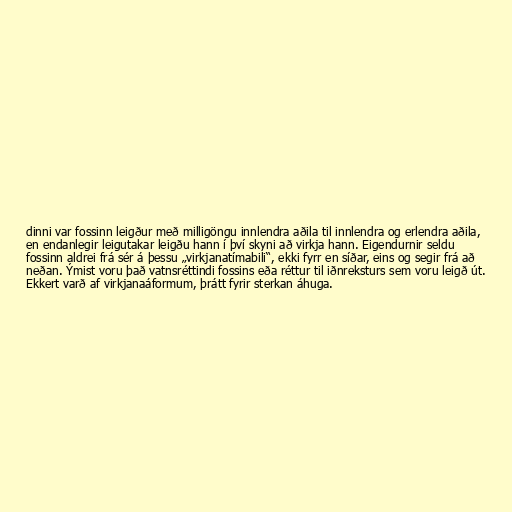
dinni var fossinn leigður með milligöngu innlendra aðila til innlendra og erlendra aðila,
en endanlegir leigutakar leigðu hann í því skyni að virkja hann. Eigendurnir seldu
fossinn aldrei frá sér á þessu „virkjanatímabili“, ekki fyrr en síðar, eins og segir frá að
neðan. Ýmist voru það vatnsréttindi fossins eða réttur til iðnreksturs sem voru leigð út.
Ekkert varð af virkjanaáformum, þrátt fyrir sterkan áhuga.